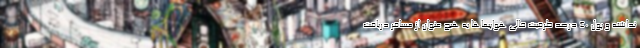
نداشته و پول ۴۰ درصد ظرفیت خالی هواپیماها به هیچ عنوان از مسافر دریافت